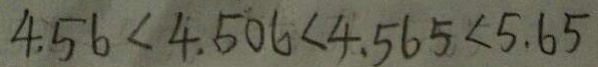
4 . 5 6 < 4 . 5 0 6 < 4 . 5 6 5 < 5 . 6 5